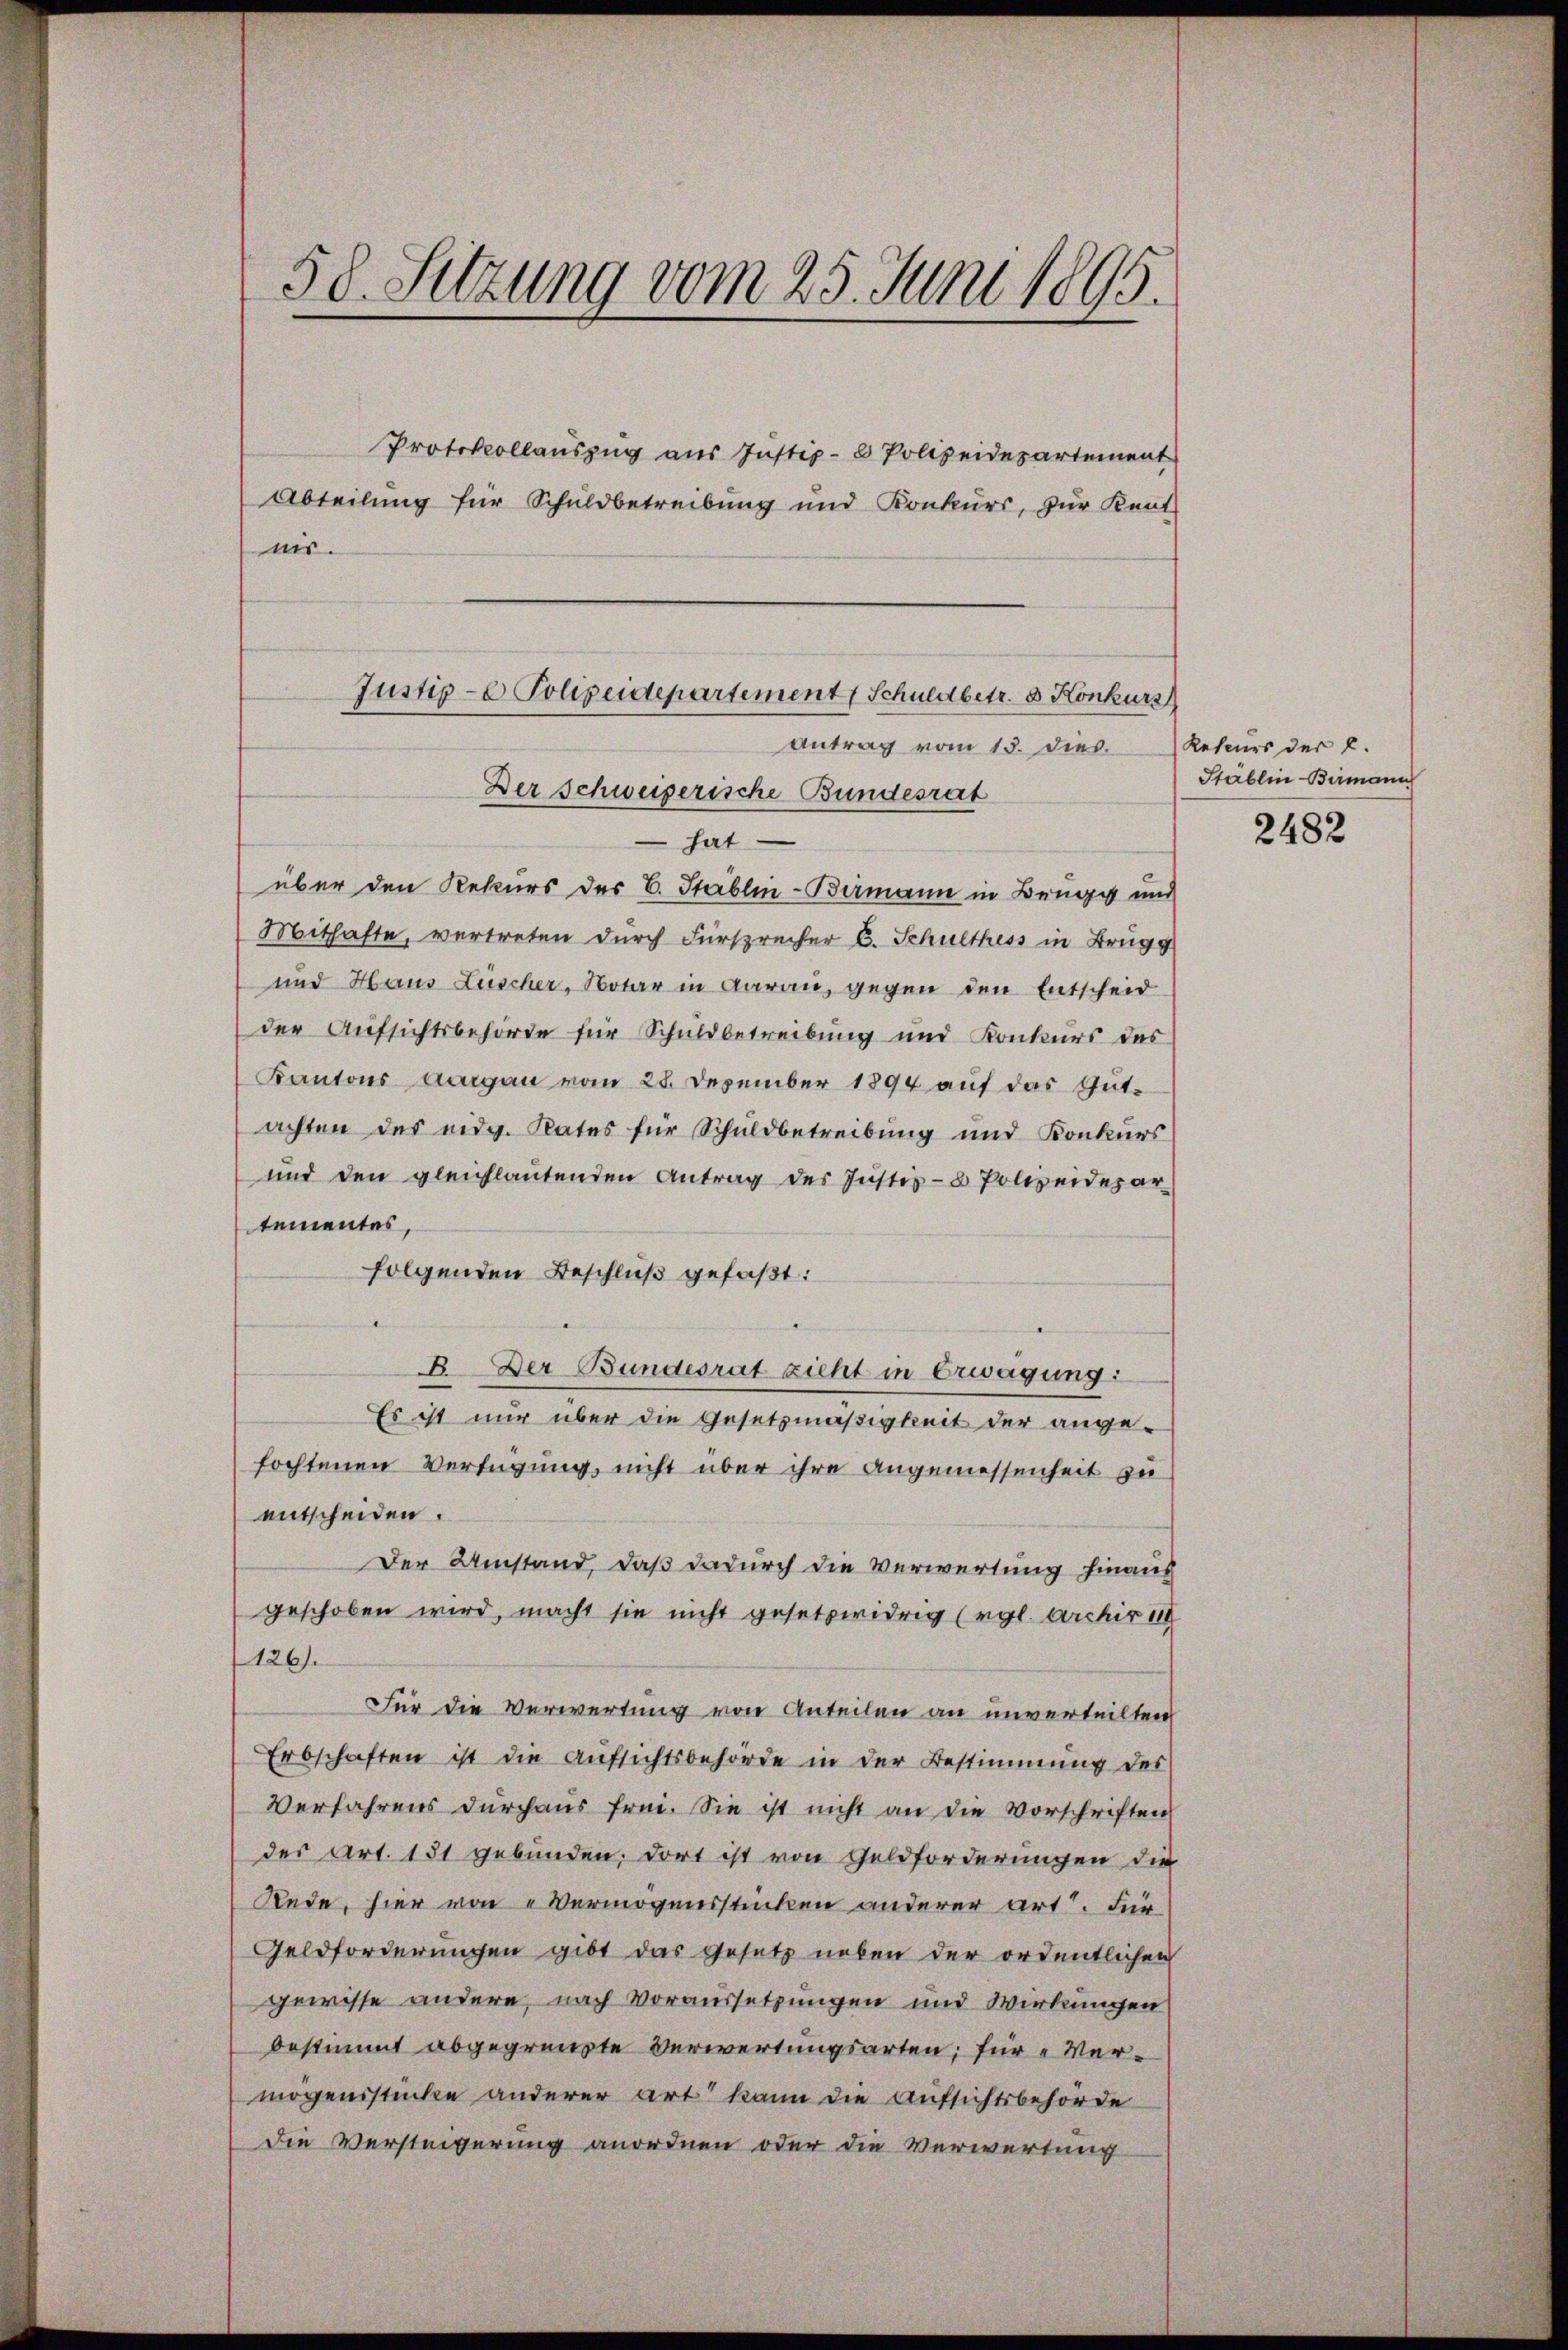
58. Sitzung vom 25. Juni 1895.

Protokollauszug aus Justiz- & Polizeidepartement
Abteilung für Schuldbetreibung und Konkurs, zur Kent-
nis.

Justiz- & Polizeidepartement Schuldbetr. 3. Konkurs
Antrag vom 13. dies Rekurs der 2.
Der Schweiserische Bundesrat

hat
über den Rekurs des C. Stablin-Bermann in Brugg und
Mithafte, vertreten durch Fürsprecher C. Schulthess in Brugg
und Haus Lüscher, Notar in darau, gegen den Entscheid
der Aufsichtsbehörde für Schuldbetreibung und Konkurs des
Kantons Aargau vom 28. Dezember 1894 auf das Gutachten des eidg. Rates für Schuldbetreibung und Konkurs
und den gleichlautenden Antrag des Justiz- & Polizeidepar
tementes,
folgenden Beschluß gefaßt:
B. Der Bundesrat zieht in Erwägung:
Es ist nur über die Gesetzmäßigkeit der ange-
fochtenen Verfügung, nicht über ihre Angemessenheit zu
entscheiden.
Der Umstand, daß dadurch die Verwertung hinaus
geschoben wird, macht sie nicht gesetzwidrig (vgl. Archir 114
126.
Für die Verwertung von Anteilen an unverteilten
Erbschaften ist die Aufsichtsbehörde in der Bestimmung des
Verfahrens durchaus frei. Sie ist nicht an die Vorschriften
der Art. 151 gebunden, dort ist von Goldforderungen die
Rede, hier von „Vermögensstücken anderer Art. Für
Geldforderungen gibt das Gesetz neben der ordentlichen
gewisse andere, nach Voraussetzungen und Wirkungen
bestimmt abgegrenzte Verwertungsarten; für Vermögensstücke anderer art kann die Aufsichtsbehörde
die Versteigerung anordnen oder die Verwartung

Stablin-Bermann

2482